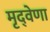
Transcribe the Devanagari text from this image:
मृद्‌वेणा